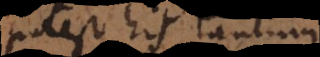
potest his tantum